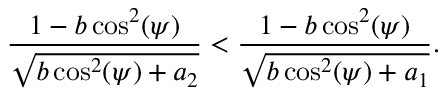
\frac { 1 - b \cos ^ { 2 } ( \psi ) } { \sqrt { b \cos ^ { 2 } ( \psi ) + a _ { 2 } } } < \frac { 1 - b \cos ^ { 2 } ( \psi ) } { \sqrt { b \cos ^ { 2 } ( \psi ) + a _ { 1 } } } .